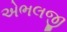
એભલજી